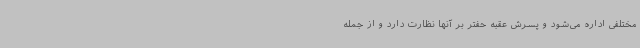
مختلفی اداره می‌شود و پسرش عقبه حفتر بر آنها نظارت دارد و از جمله